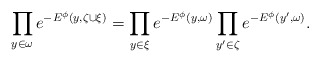
\begin{align*}\prod\limits_{y\in \omega }e^{-E^\phi\left( y,\zeta\cup\xi\right)}=\prod\limits_{y\in \xi }e^{-E^\phi\left( y,\omega\right)}\prod\limits_{y'\in \zeta }e^{-E^\phi\left( y',\omega \right)}.\end{align*}